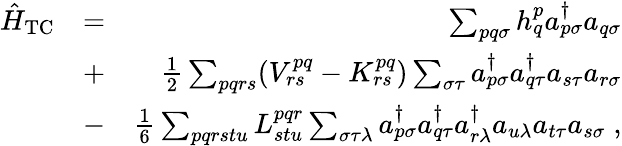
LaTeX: \begin{array}{rlr}{\hat{H}_{\mathrm{TC}}}&{=}&{\sum_{pq\sigma}h_{q}^{p}a_{p\sigma}^{\dagger}a_{q\sigma}}\\ &{+}&{\frac 12\sum_{pqrs}(V_{rs}^{pq}-K_{rs}^{pq})\sum_{\sigma\tau}a_{p\sigma}^{\dagger}a_{q\tau}^{\dagger}a_{s\tau}a_{r\sigma}}\\ &{-}&{\frac 16\sum_{pqrstu}L_{stu}^{pqr}\sum_{\sigma\tau\lambda}a_{p\sigma}^{\dagger}a_{q\tau}^{\dagger}a_{r\lambda}^{\dagger}a_{u\lambda}a_{t\tau}a_{s\sigma}\; ,}\end{array}